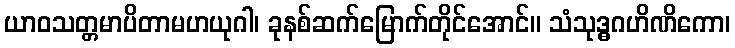
ယာဝသတ္တမာပိတာမဟယုဂါ၊ ခုနစ်ဆက်မြောက်တိုင်အောင်။ သံသုဒ္ဓဂဟိဏိကော၊